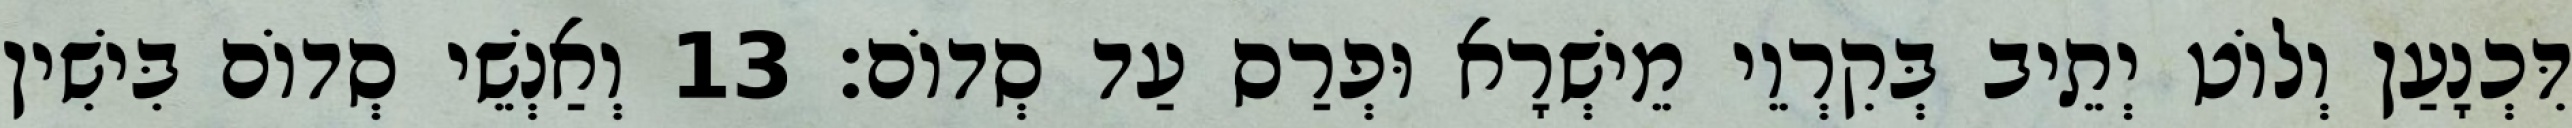
דִּכְנָעַן וְלוֹט יְתֵיב בְּקִרְוֵי מֵישְׁרָא וּפְרַס עַד סְדוֹם׃ 13 וְאַנְשֵׁי סְדוֹם בִּישִׁין